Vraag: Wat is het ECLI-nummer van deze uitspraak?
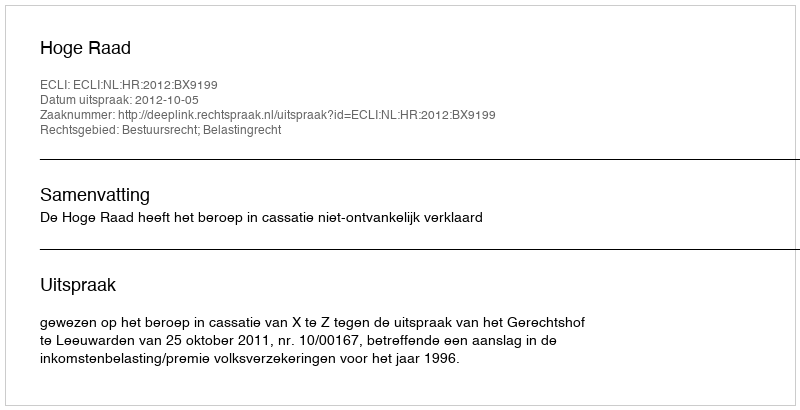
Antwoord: ECLI:NL:HR:2012:BX9199